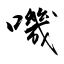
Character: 嘰